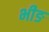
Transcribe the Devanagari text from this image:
भीङ